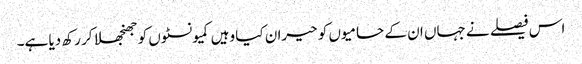
اس فیصلے نے جہاں ان کے حامیوں کو حیران کیا وہیں کمیونسٹوں کو جھنجھلا کر رکھ دیا ہے۔